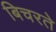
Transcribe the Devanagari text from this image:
बिचरते